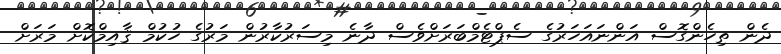
ދެން ތިހެންގޮސް އަންނައަހަރުގެ ސެޕްޓެމްބަރަށްވެސް ދާނެ މިސަރުކާރުން މަރުގެ ހުކުމް ޤާއިމްކޮށް މަރަށް